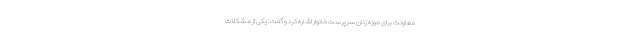
معاونت برای حوزه زنان سرپرست خانوار اشاره کرد و گفت: یکی از مشکلات